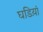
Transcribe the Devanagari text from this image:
घडिय़ां